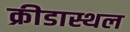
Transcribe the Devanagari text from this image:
क्रीडास्थल